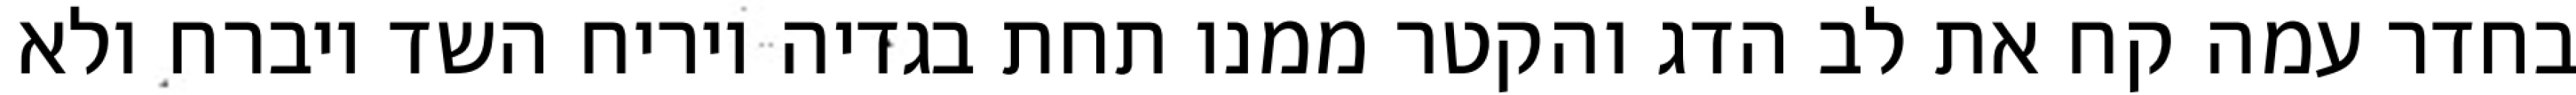
בחדר עמה קח את לב הדג והקטר ממנו תחת בגדיה ויריח השד ויברח ולא